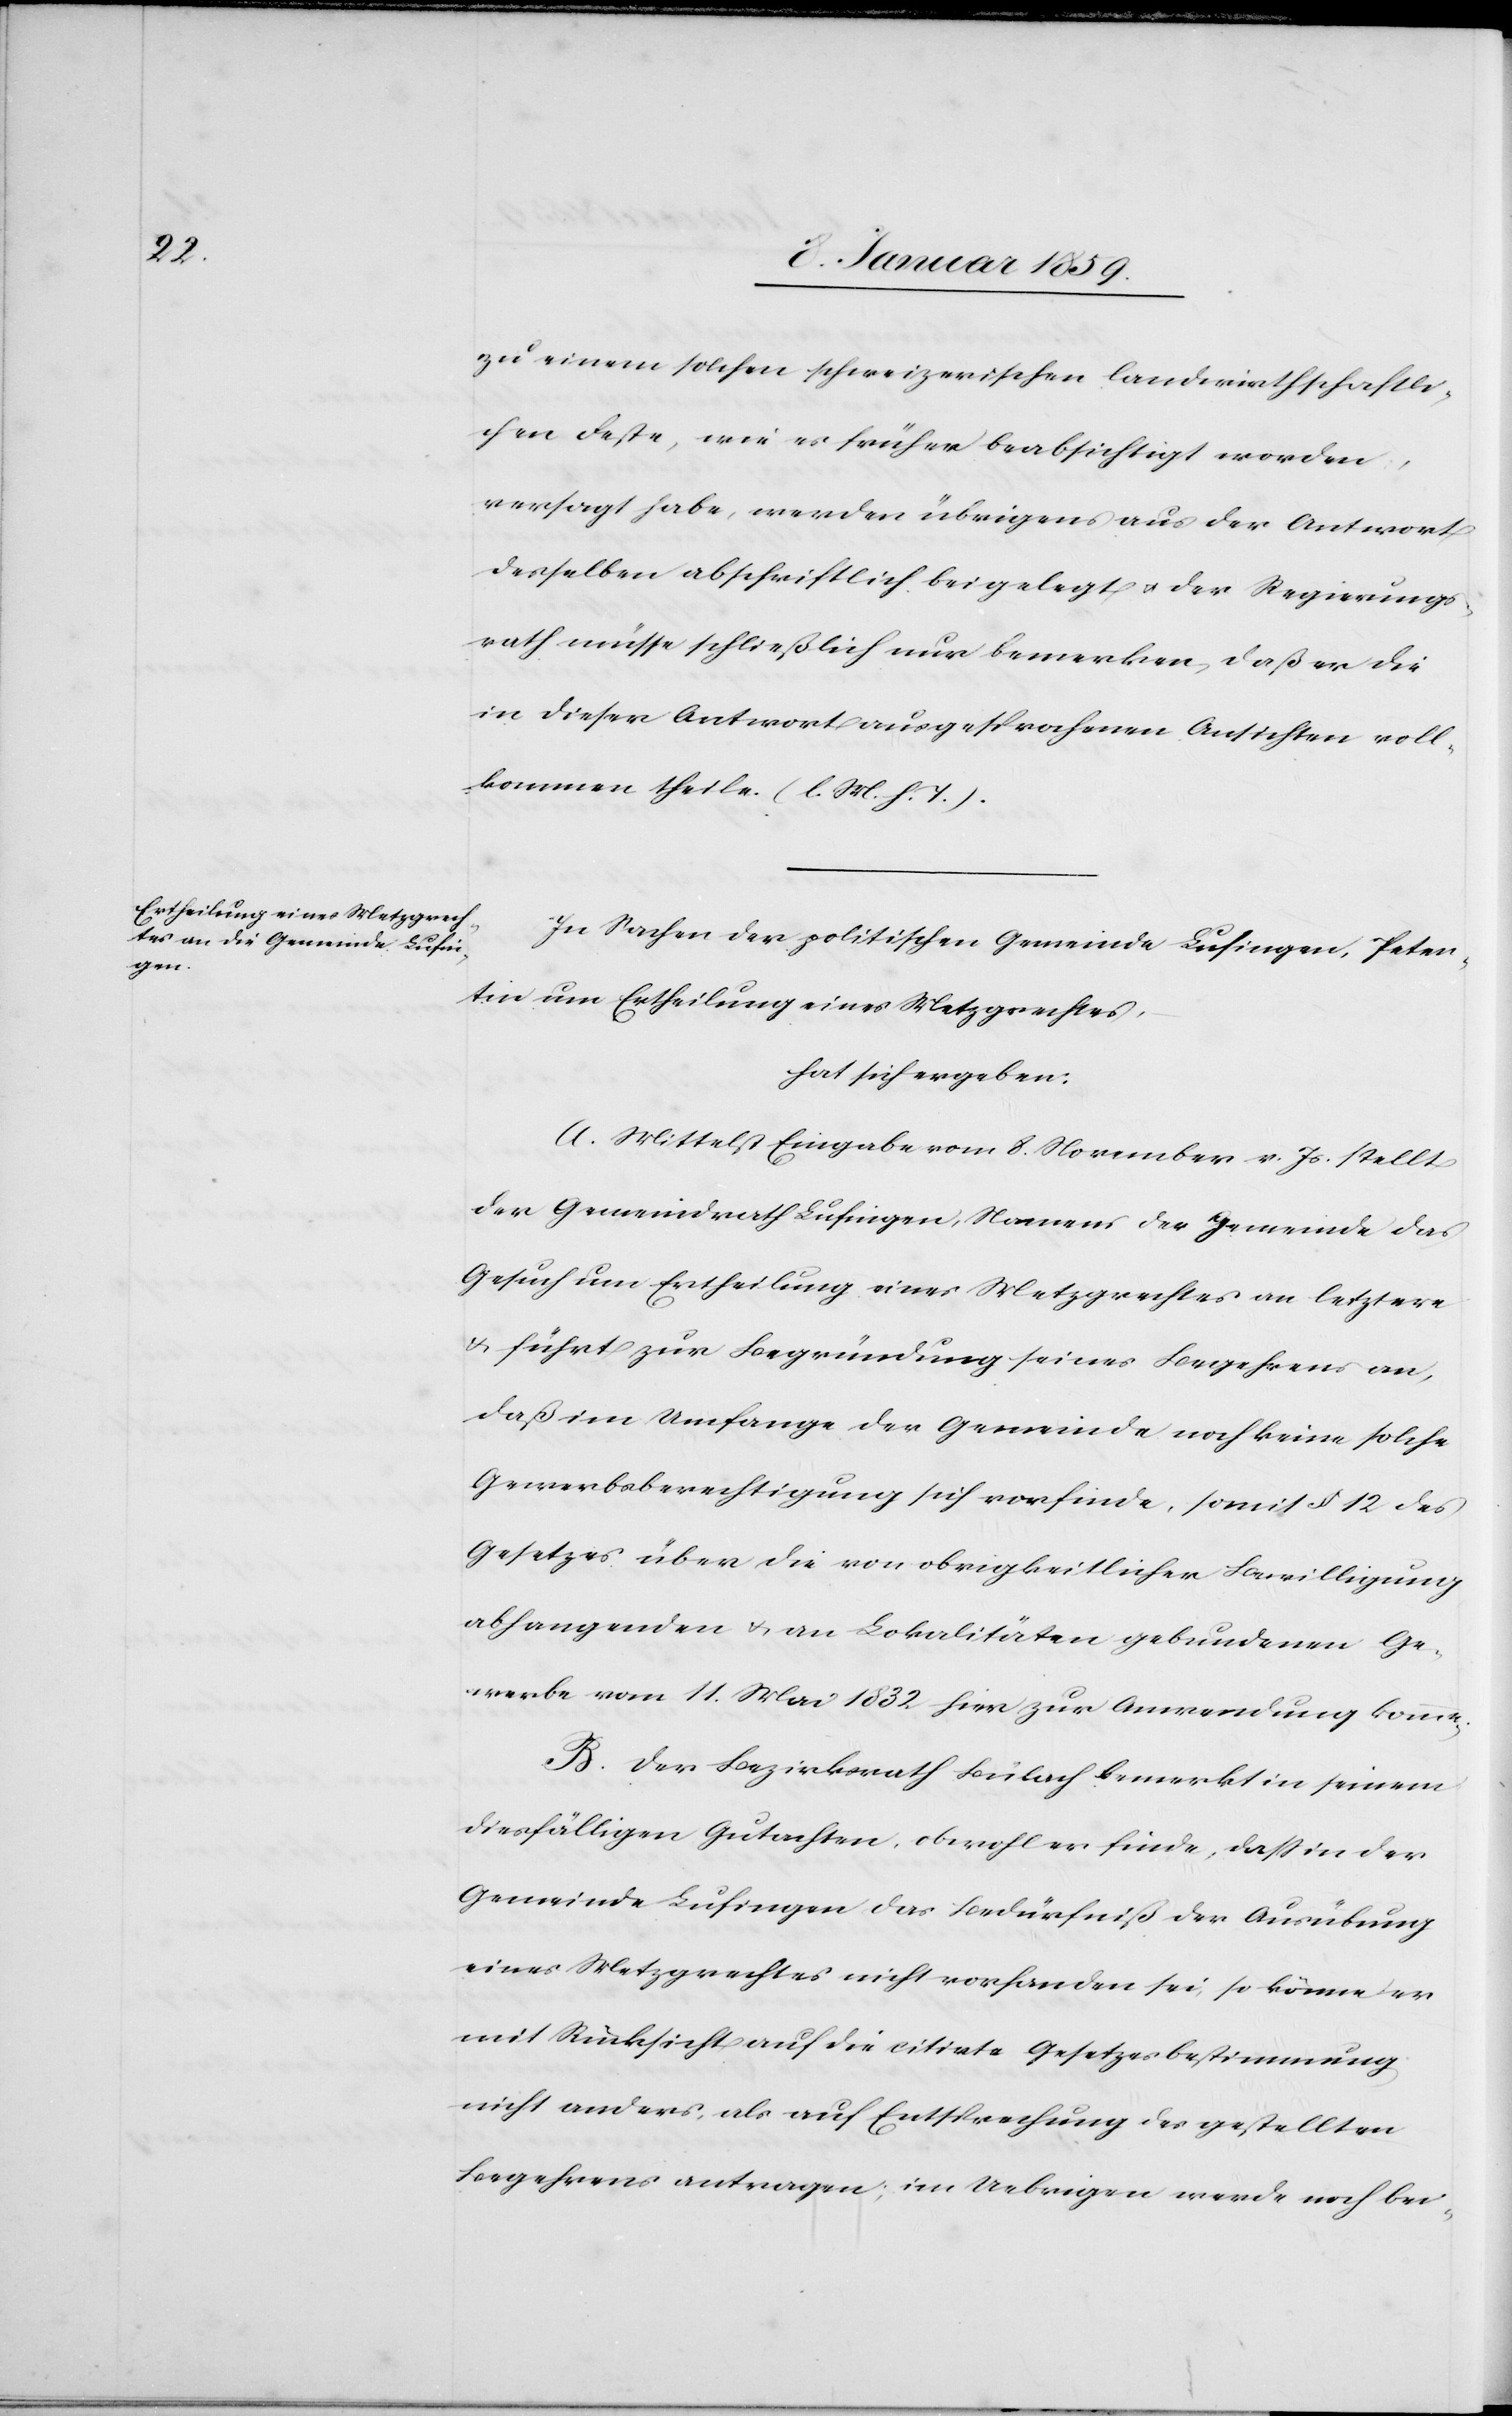
zu einem solchen schweizerischen landwirthschaftli¬
chen Feste, wie es früher beabsichtigt worden,
versagt habe, werden übrigens aus der Antwort
derselben abschriftlich beigelegt u. der Regierungs¬
rath müsse schließlich nur bemerken, daß er die
in dieser Antwort ausgesprochenen Ansichten voll¬
kommen theile. (l. M. h. T.).
In Sachen der politischen Gemeinde Lufingen, Peten¬
tin um Ertheilung eines Metzgrechtes,
hat sich ergeben:
A. Mittelst Eingabe vom 8. November v. Js. stellt
der Gemeindrath Lufingen, Namens der Gemeinde das
Gesuch um Ertheilung eines Metzgrechtes an letztere
u. führt zur Begründung seines Begehrens an,
daß im Umfange der Gemeinde noch keine solche
Gewerbeberechtigung sich vorfinde, somit § 12 des
Gesetzes über die von obrigkeitlicher Bewilligung
abhangenden u. an Lokalitäten gebundenen Ge¬
werbe vom 11. Mai 1832 hier zur Anwendung komme.
B. Der Bezirksrath Bülach bemerkt in seinem
diesfälligen Gutachten, obwohl er finde, daß in der
Gemeinde Lufingen das Bedürfniß der Ausübung
eines Metzgrechtes nicht vorhanden sei, so könne er
mit Rücksicht auf die citirte Gesetzesbestimmung
nicht anders, als auf Entsprechung des gestellten
Begehrens antragen; im Uebrigen werde noch bei-